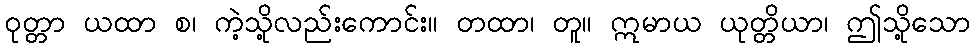
ဝုတ္တာ ယထာ စ၊ ကဲ့သို့လည်းကောင်း။ တထာ၊ တူ။ ဣမာယ ယုတ္တိယာ၊ ဤသို့သော